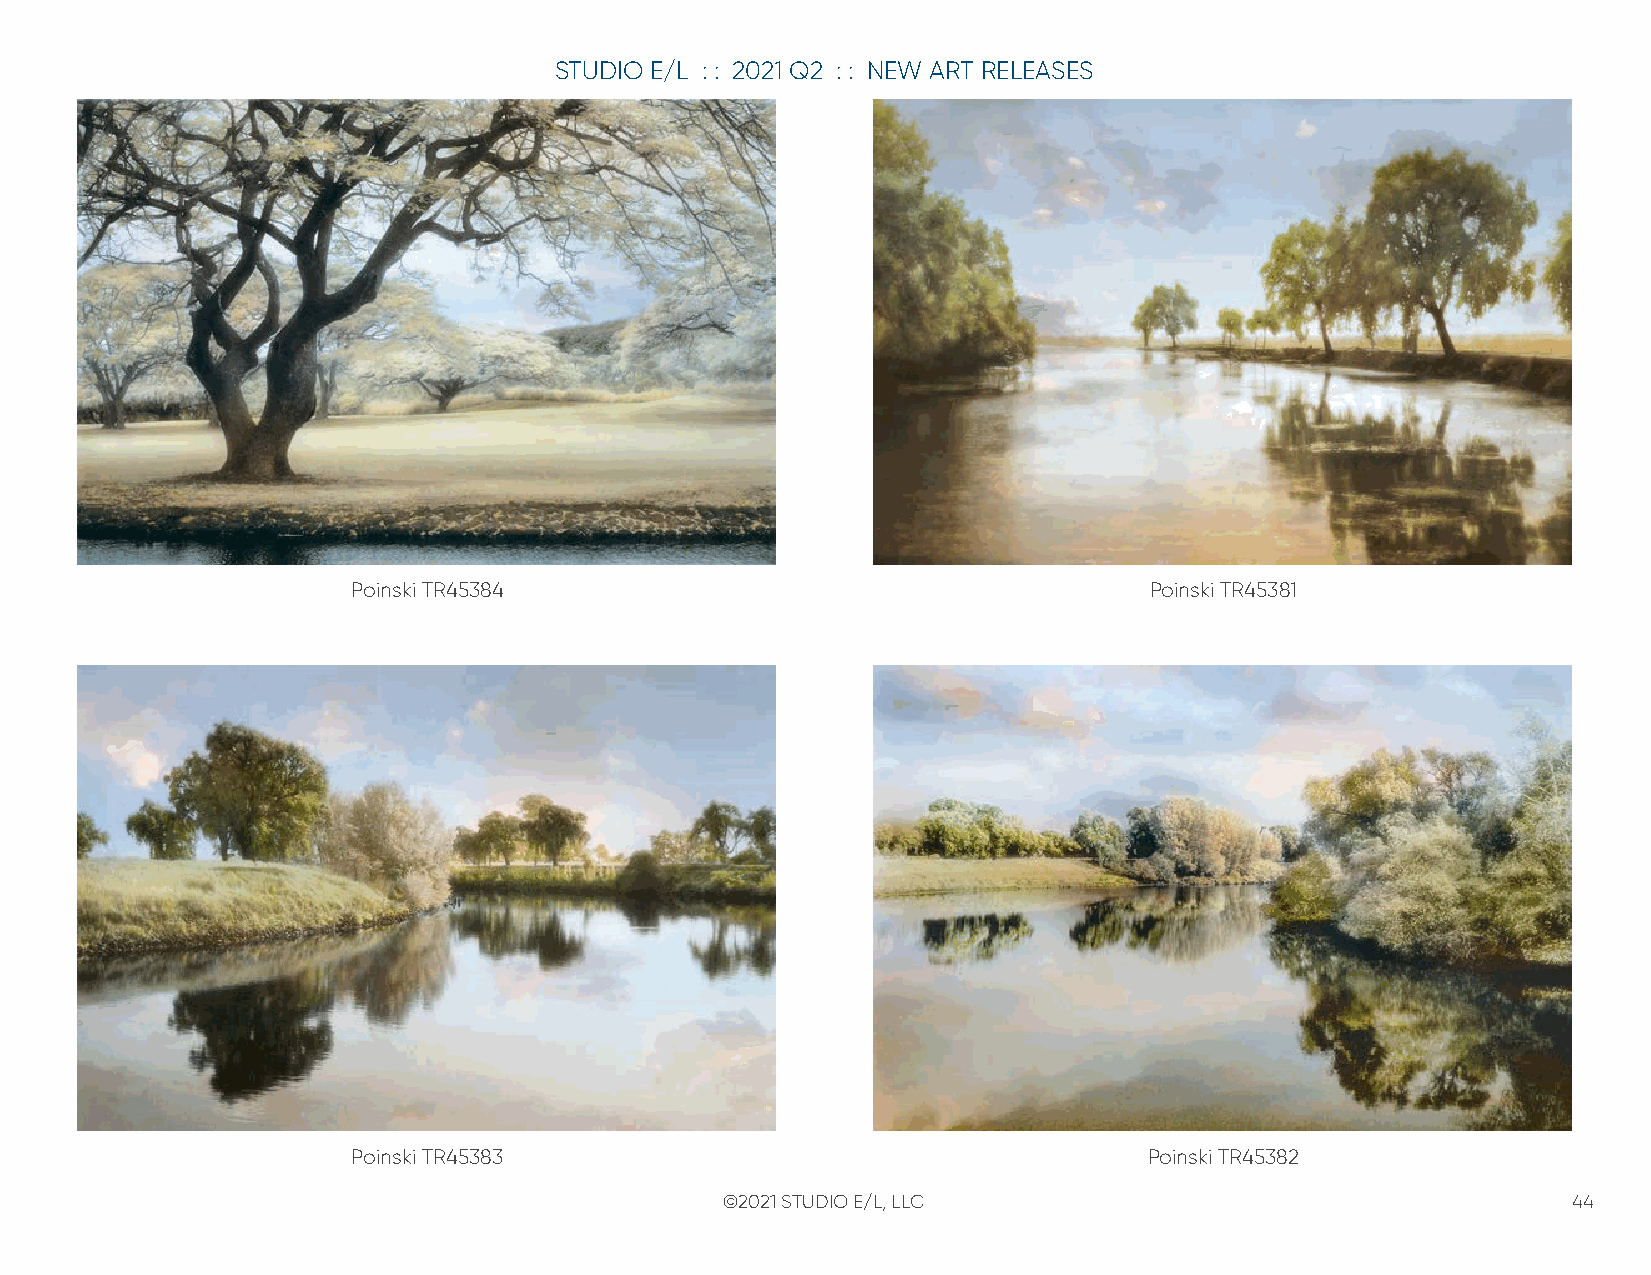
STUDIO E/L : : 2021 Q2 : : NEW ART RELEASES
 Poinski TR45384                                      Poinski TR45381
 Poinski TR45383                                      Poinski TR45382
 ©2021 STUDIO E/L, LLC                                   44